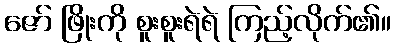
ဇော် ဖြိုးကို စူးစူးရဲရဲ ကြည့်လိုက်၏။